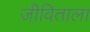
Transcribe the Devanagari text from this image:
जीविताला